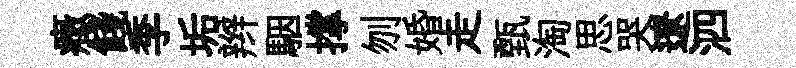
癥餞季垢辫駰撑刎婚走甄淘思哭遼泗